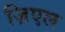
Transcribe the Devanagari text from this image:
ज़िएल